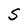
Character: S